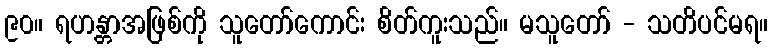
၉၀။ ရဟန္တာအဖြစ်ကို သူတော်ကောင်း စိတ်ကူးသည်။ မသူတော် - သတိပင်မရ။